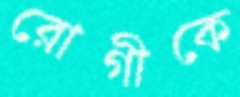
রোগীকে